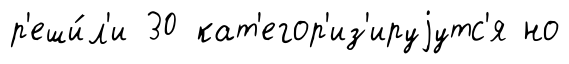
р'еши́л'и 30 кат'егор'из'ируjутс'я но